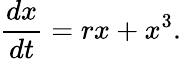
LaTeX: {\frac{dx}{dt}}=rx+x^{3}.